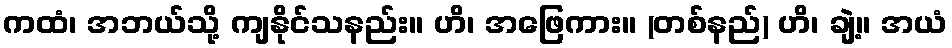
ကထံ၊ အဘယ်သို့ ကျနိုင်သနည်း။ ဟိ၊ အဖြေကား။ (တစ်နည်) ဟိ၊ ချဲ့။ အယံ